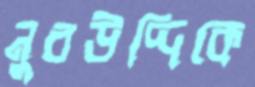
নুরউদ্দিকে